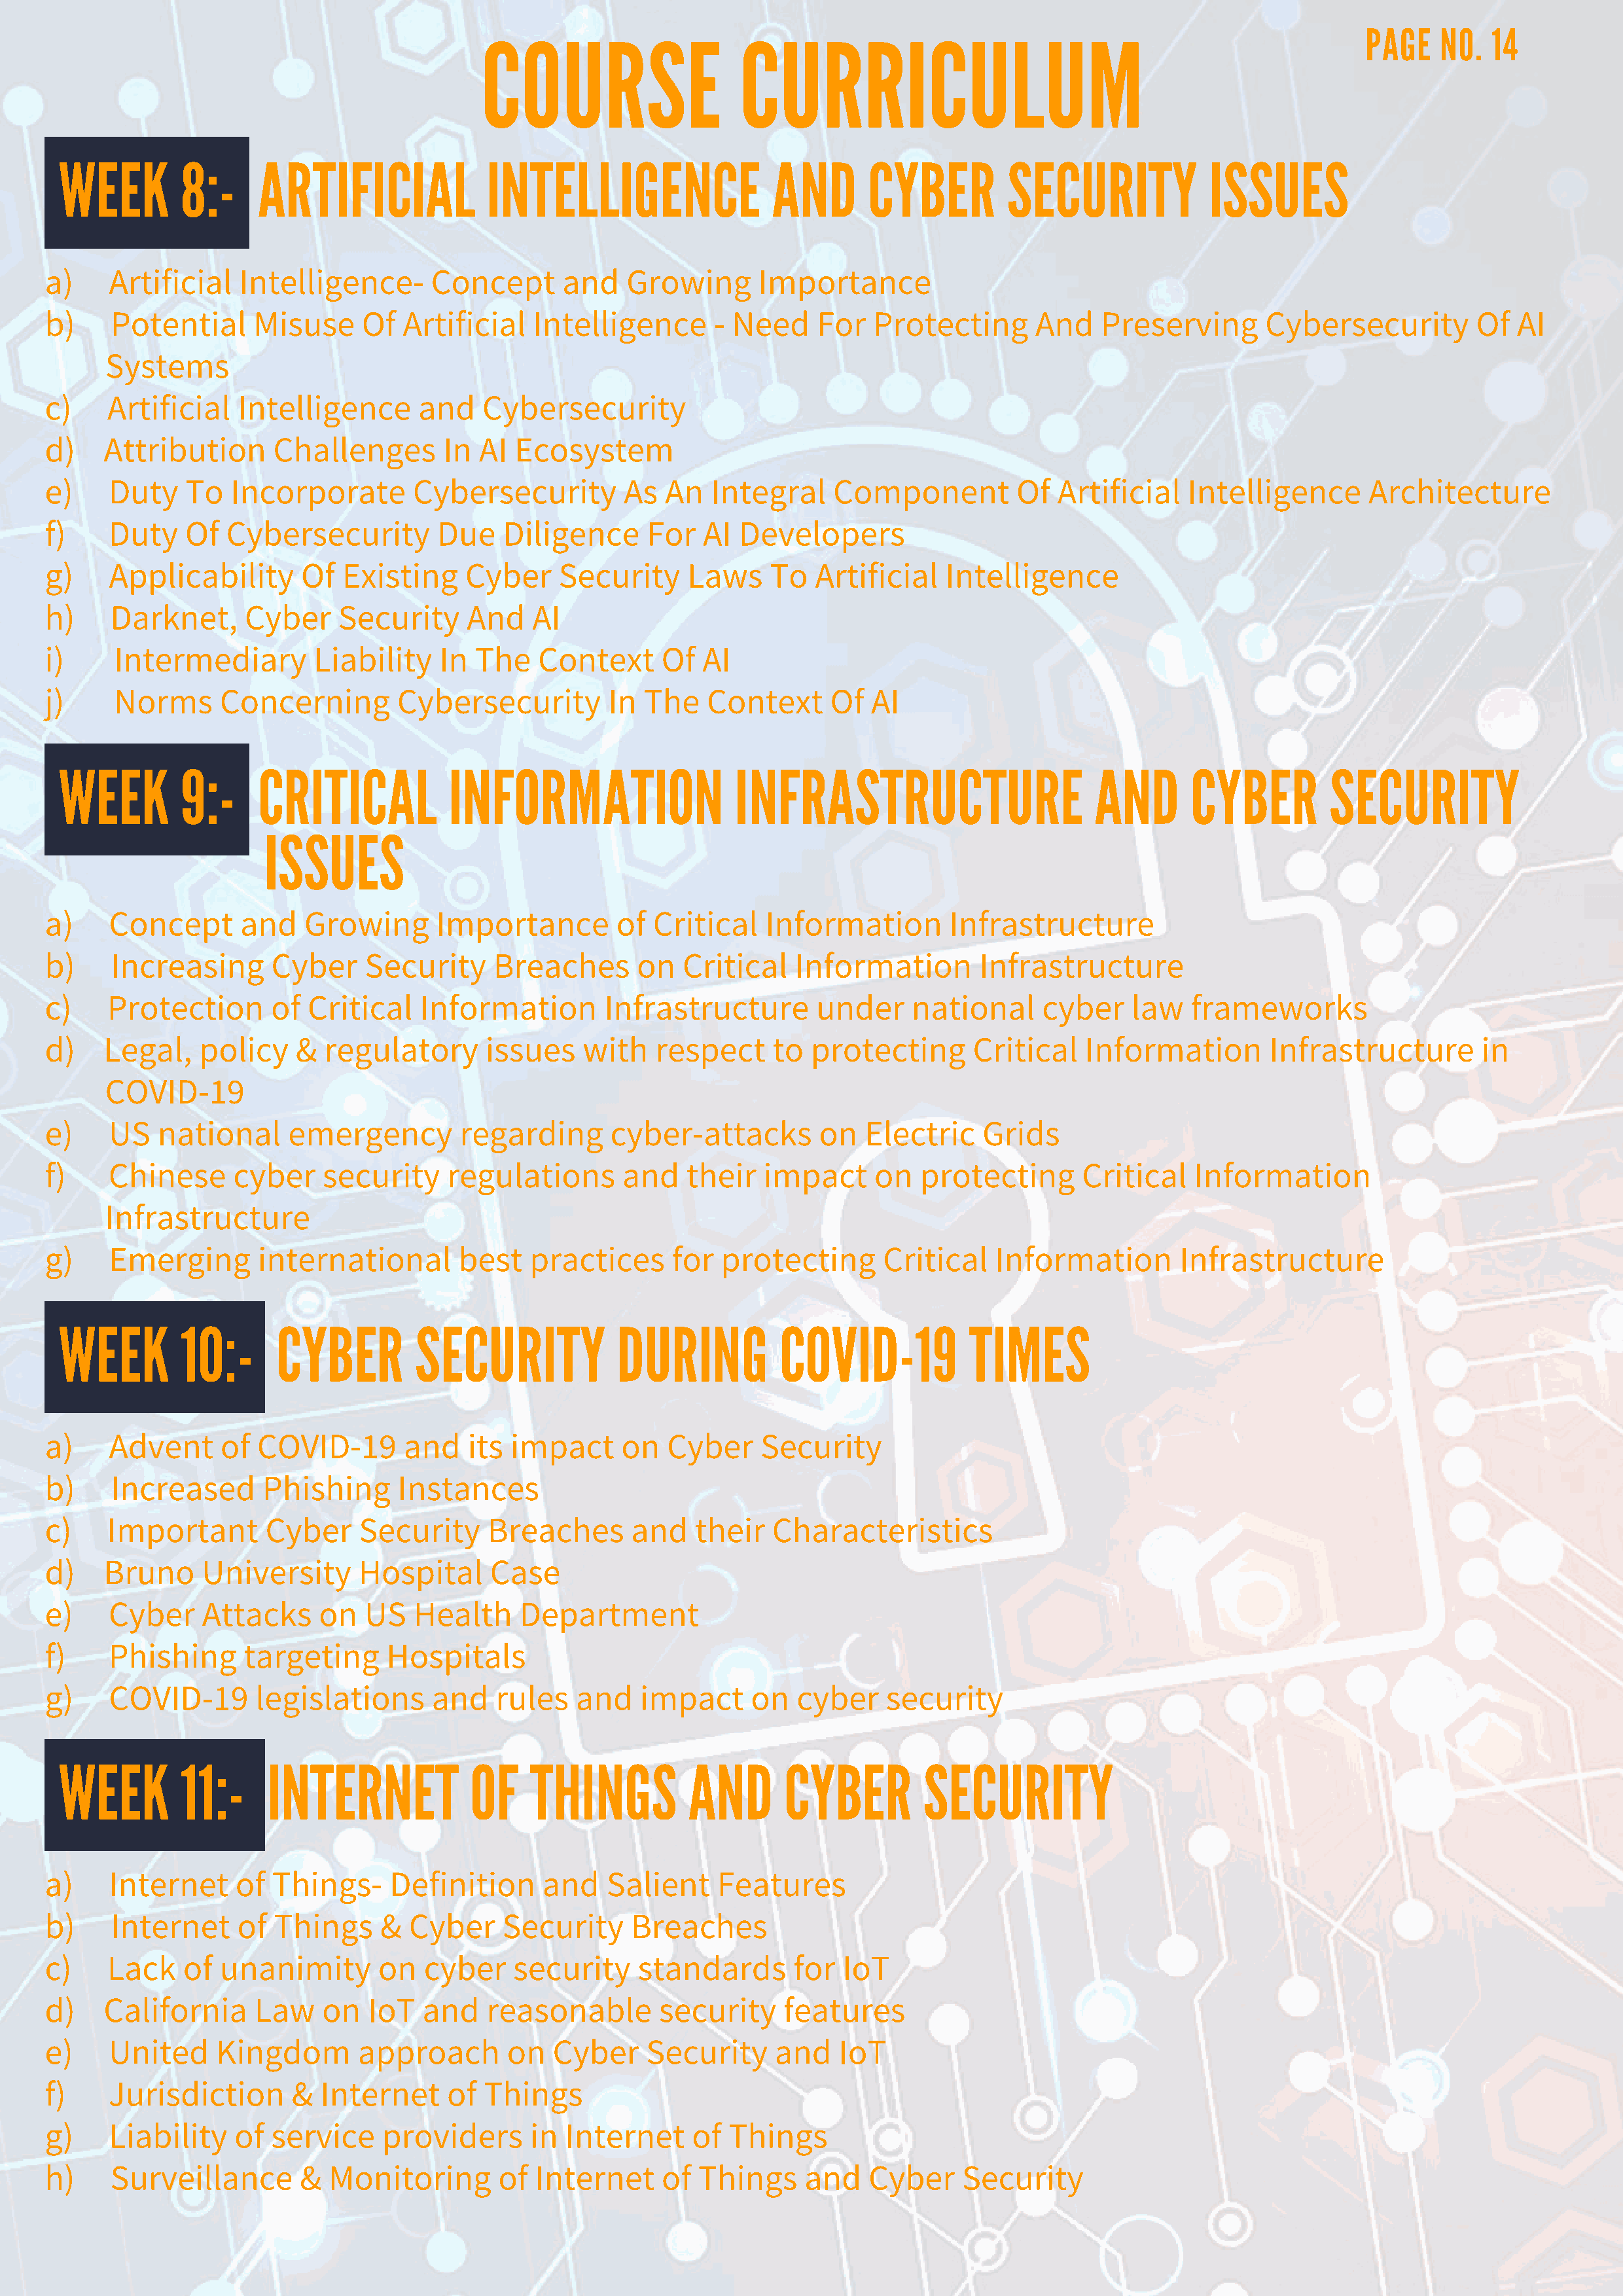
COURSE                    CURRICULUM
 PAGE    NO.  14
 WEEK        8:-     ARTIFICIAL             INTELLIGENCE                 AND       CYBER         SECURITY            ISSUES
 a)    Artificial   Intelligence-       Concept      and   Growing       Importance
 b)    Potential      Misuse     Of  Artificial   Intelligence      - Need     For  Protecting       And   Preserving       Cybersecurity        Of  AI
 Systems
 c)    Artificial   Intelligence      and    Cybersecurity
 d)   Attribution       Challenges       In AI  Ecosystem
 e)    Duty    To  Incorporate        Cybersecurity        As  An   Integral    Component          Of  Artificial   Intelligence      Architecture
 f)    Duty    Of  Cybersecurity        Due    Diligence     For   AI  Developers
 g)    Applicability      Of   Existing    Cyber     Security     Laws    To  Artificial    Intelligence
 h)    Darknet,      Cyber    Security     And    AI
 i)     Intermediary        Liability   In  The   Context      Of  AI
 j)     Norms     Concerning        Cybersecurity         In The   Context      Of  AI
 WEEK        9:-     CRITICAL           INFORMATION                  INFRASTRUCTURE                       AND      CYBER         SECURITY
 ISSUES
 a)    Concept      and    Growing      Importance        of  Critical   Information        Infrastructure
 b)    Increasing      Cyber     Security     Breaches      on   Critical   Information        Infrastructure
 c)    Protection      of  Critical   Information        Infrastructure        under    national     cyber    law   frameworks
 d)   Legal,    policy    &  regulatory      issues    with   respect     to  protecting      Critical    Information       Infrastructure        in
 COVID-19
 e)    US   national     emergency        regarding       cyber-attacks        on  Electric    Grids
 f)    Chinese      cyber    security    regulations       and   their   impact     on   protecting      Critical    Information
 Infrastructure
 g)    Emerging       international       best    practices     for  protecting      Critical    Information       Infrastructure
 WEEK        10:-      CYBER         SECURITY            DURING           COVID-19           TIMES
 a)    Advent     of  COVID-19       and   its  impact     on  Cyber     Security
 b)    Increased       Phishing     Instances
 c)    Important       Cyber    Security     Breaches       and   their   Characteristics
 d)   Bruno     University      Hospital      Case
 e)    Cyber    Attacks     on   US   Health     Department
 f)    Phishing      targeting     Hospitals
 g)    COVID-19       legislations      and   rules   and    impact     on   cyber    security
 WEEK        11:-     INTERNET             OF    THINGS          AND      CYBER         SECURITY
 a)    Internet     of  Things-    Definition      and   Salient     Features
 b)    Internet     of  Things    &  Cyber     Security     Breaches
 c)    Lack    of unanimity       on   cyber    security     standards      for  IoT
 d)   California      Law    on  IoT   and   reasonable        security    features
 e)    United     Kingdom       approach       on   Cyber    Security     and    IoT
 f)    Jurisdiction       & Internet     of  Things
 g)    Liability    of service     providers      in Internet     of  Things
 h)    Surveillance       &  Monitoring       of  Internet     of  Things    and    Cyber    Security